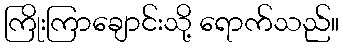
ကြိုးကြာချောင်းသို့ ရောက်သည်။